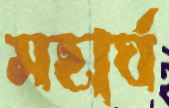
মহার্ঘ